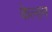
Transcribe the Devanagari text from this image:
केल्हन